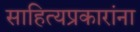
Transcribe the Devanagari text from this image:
साहित्यप्रकारांना